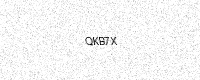
Text: QKB7X